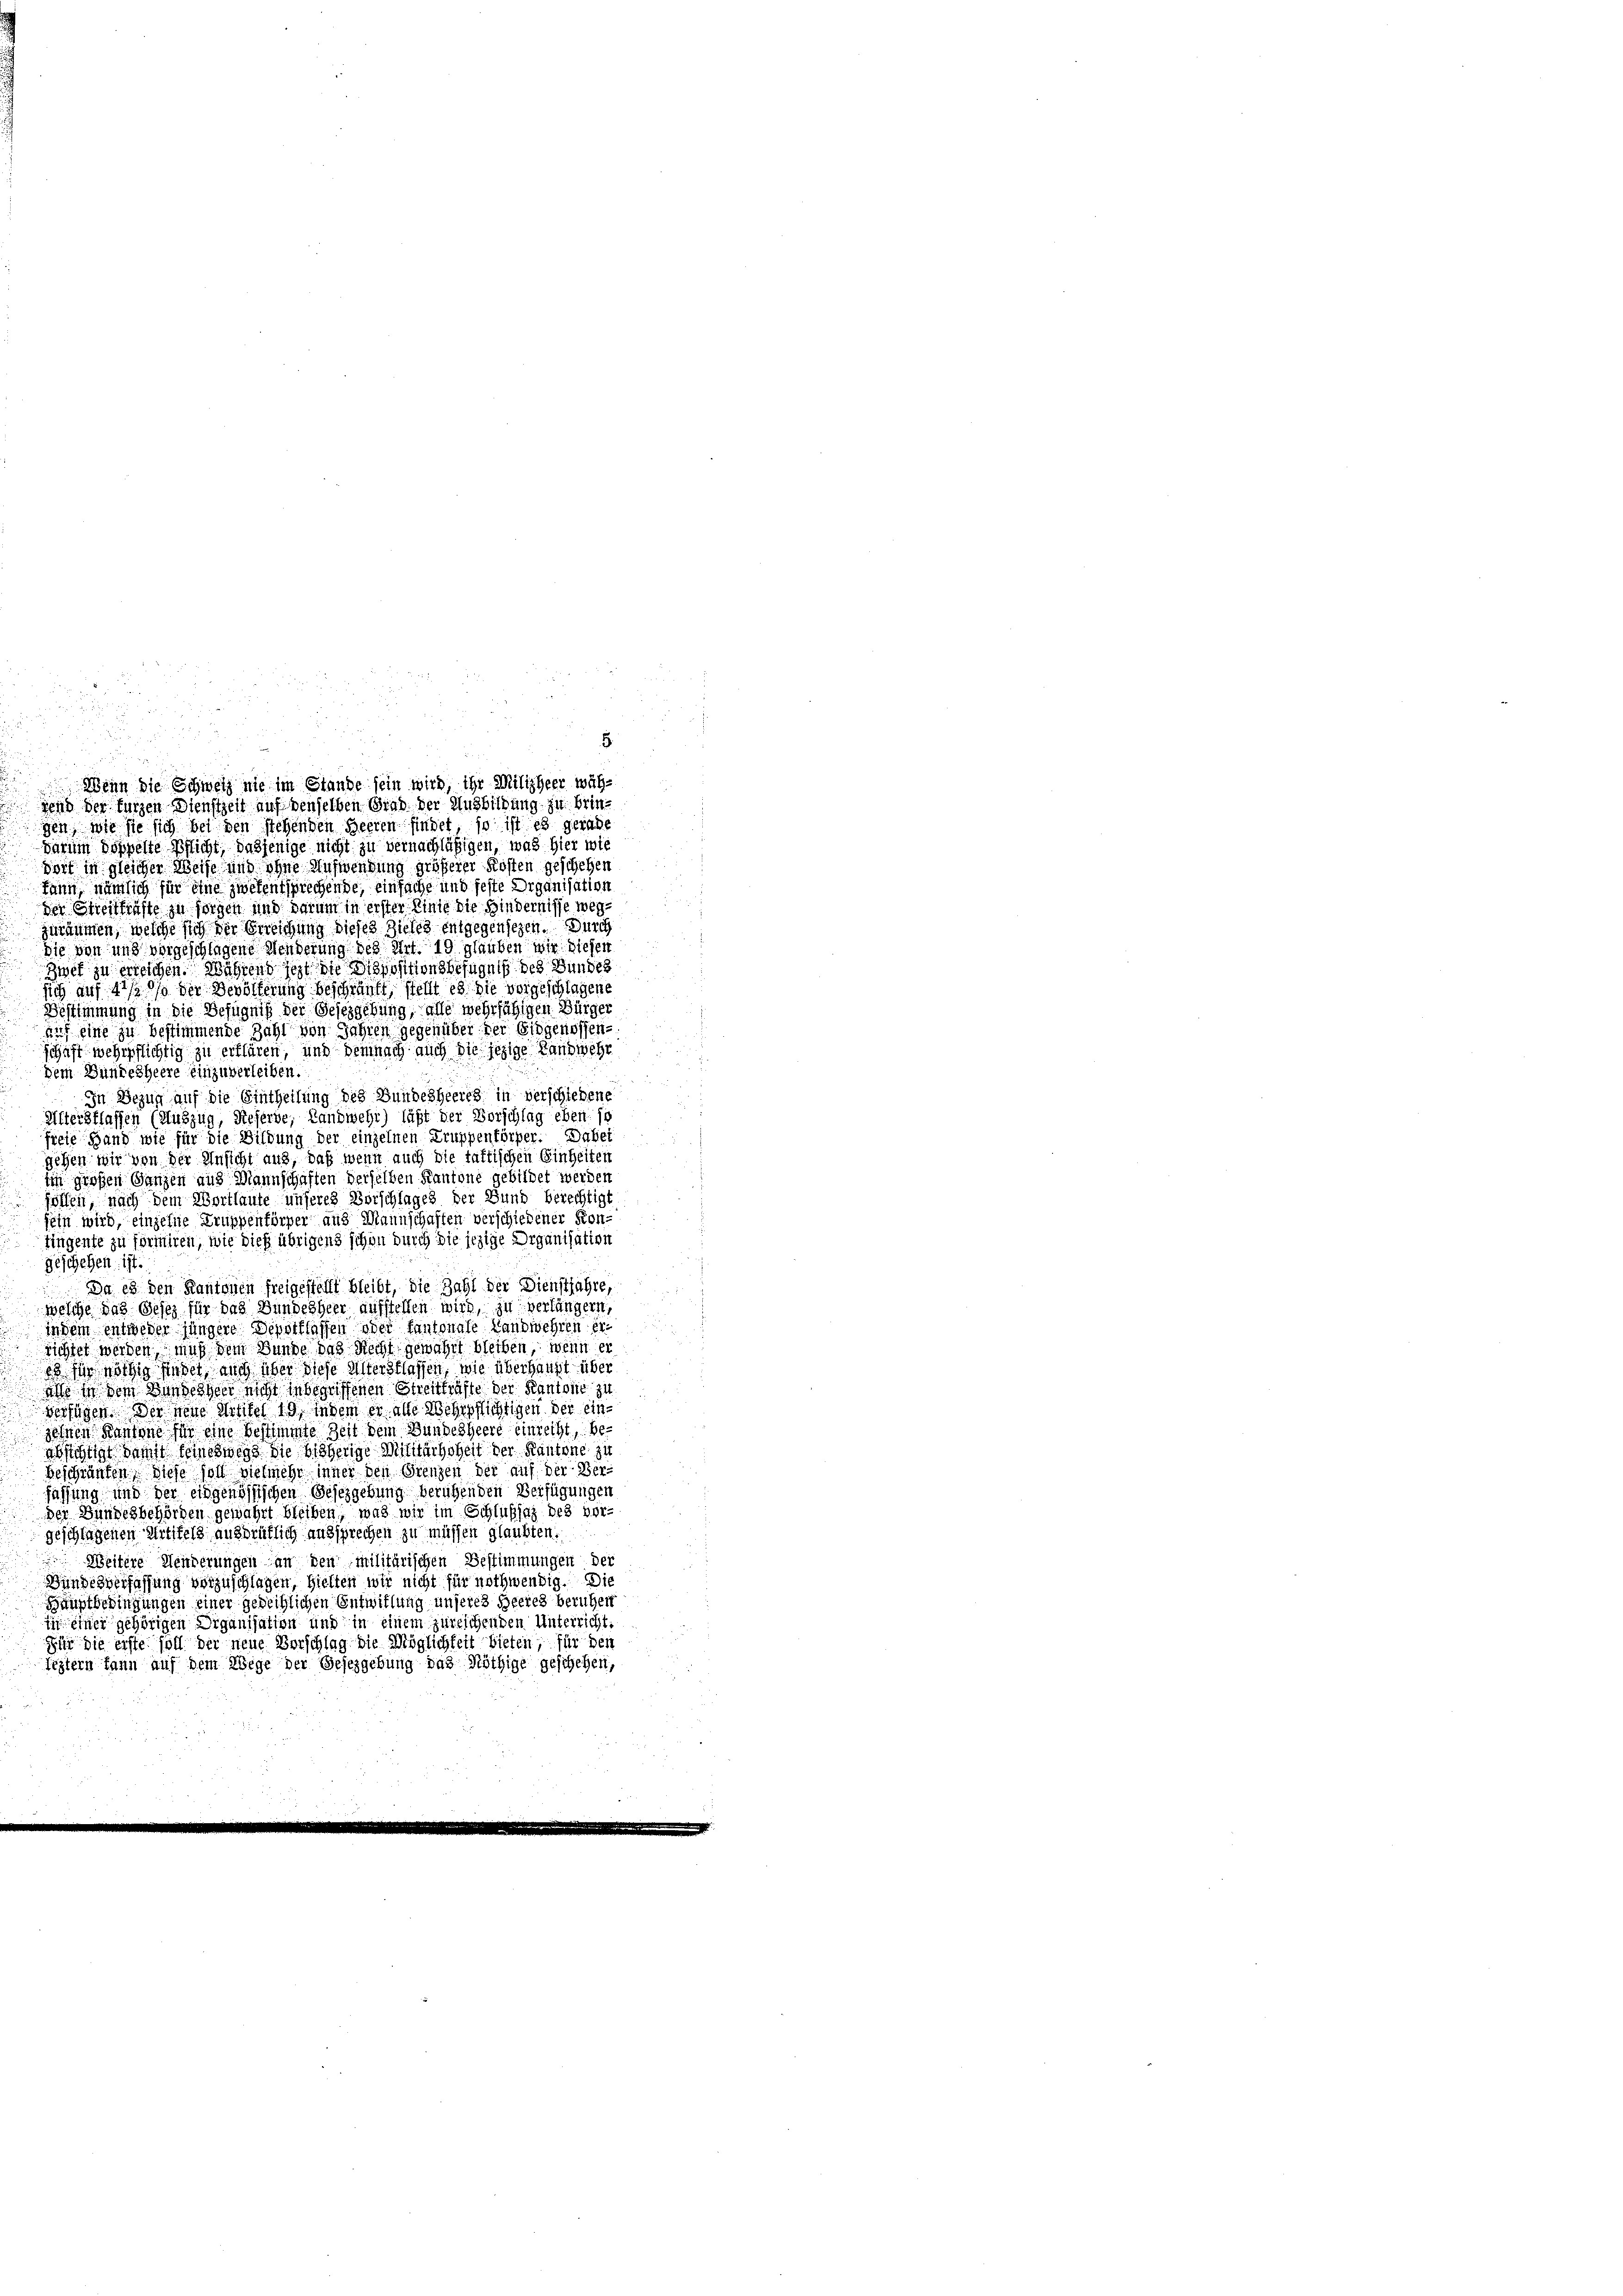
gen, wie sie sich bei den stehenden Heeren findet, so ist es gerade
darum doppelte Pflicht, dasjenige nicht zu vernachläßigen, was hier wie
dort in gleicher Weise und ohne Aufwendung größerer Kosten geschehen
kann, nämlich für eine zwekentsprechende, einfache und feste Organisation
der Streitfräfte zu sorgen und darum in erster Linie die Hindernisse wegzuräumen, welche sich der Erreichung dieses Zieles entgegensezen. Durch
Die von und vorgeschlagene Menderung des Art. 19. glauben wir diesen
Zwef zu erreichen. Während fest die Dispositionsbefugniß des Bundes
ich auf 4 1/2 % der Bevölkerung beschränkt, stellt es sie vorgeschlagene
Bestimmung in die Befugniß der Gesezgebung, alle mehrfähigen Bürger
auf eine zu bestimmende Zahl von Jahren gegenüber der Eidgenossenschaft wehrpflichtig zu erklären, und demnach auch die jezige Landwehr
Dem Bundesheere einzuverleiben.
In Bezug auf die Eintheilung des Bundesheeres in verschiedene
Altersflassen (Auszug, Referve, Landwehr) läßt der Vorschlag eben: so
freie Hand wie für die Bildung der einzelnen Truppenförper. Dabei
gehen wir von der Ansicht aus, daß wenn auch die taktischen Einheiten
im großen Ganzen aus Mannschaften derselben Kantone gebildet werden
föllen, nach dem Wortlaute unseres Vorschlages der Bund berechtigt
sein wird, einzelne Truppenförper aus Mannschaften verschiedener Kontingente zu formiren, wie dieß übrigens schon durch die jezige Organisation
Geschehen ist.
Da 13 den Kantonen freigestellt bleibt, die Zahl der Dienstjahre,
welche das Gesez für das Bundesheer aufstellen wird, zu verlängern,
in dem entweder jüngere Depotflassen oder Kantonale Landwehren errichtet werden, muß dem Bunde das Recht gewährt bleiben, wenn er
es für nöthig findet, auch über diese Altersflassen, wie überhaupt über
an in dem Bundesheer nicht in begriffenen Streitfräfte der Kantone zu
verfügen. Der neue Artikel 19, indem er alle Wehrpflichtigen der einzehnten Kantone für eine bestimmte Zeit dem Bundesheere einreiht, beachsichtigt damit seineswegs die bisherige Mittlärhoheit der Kantone zu
 beschränken, diese soll vielmehr inner den Grenzen der auf der Ber-
fassung und der eidgenössischen Gesezgebung beruhenden Verfügungen
der Bundesbehörden gewährt bleiben, was wir im Schlußsaz des vor-

geschlagenen Artikels anhörütlich aussprechen zu müssen glaubten.
Weitere Menderungen an den Militärischen Bestimmungen der
Bundesverfassung vorzuschlagen, hielten wir nicht für nothwendig. Die
Hauptbedingungen einer gedeihlichen Entwillung unseres Heeres beruhen
 einer gehörigen Organisation und in einem zureichenden Unterricht.
Für die erste soll der neue Vorschlag die Möglichkeit bieten, für den
Leztern kann auf dem Wege der Gesezgebung das Nöthige geschehen,

8.
Wenn die Schweiz nie im Stande sein wird, ihr Milizheer wähgend der kurzen Dienstzeit auf denselben Grad der Ausbildung zu brin¬

a